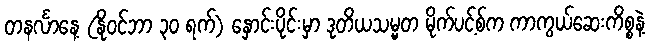
တနင်္လာနေ့ (နိုဝင်ဘာ ၃၀ ရက်) နှောင်းပိုင်းမှာ ဒုတိယသမ္မတ မိုက်ပင့်စ်က ကာကွယ်ဆေးကိစ္စနဲ့